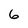
Character: 6